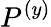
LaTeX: P^{(y)}